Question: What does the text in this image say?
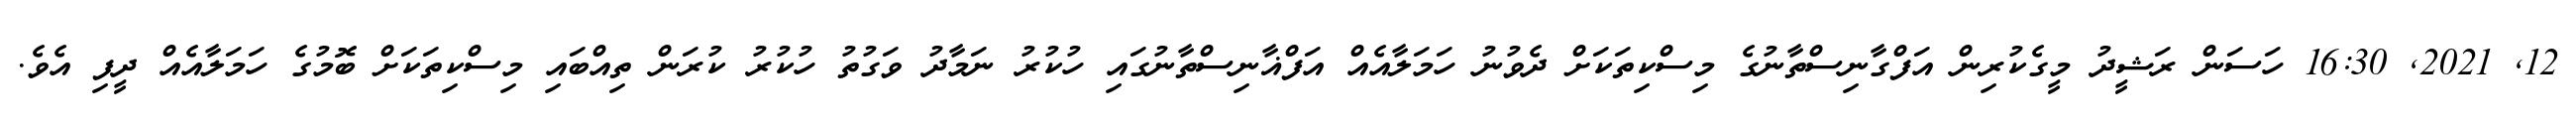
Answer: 12, 2021, 16:30 ހަސަން ރަޝީދު މީގެކުރިން އަފްގާނިސްތާނުގެ މިސްކިތަކަށް ދެވުނު ހަމަލާއެއް އަފްޣާނިސްތާނުގައި ހުކުރު ނަމާދު ވަގުތު ހުކުރު ކުރަން ތިއްބައި މިސްކިތަކަށް ބޮމުގެ ހަމަލާއެއް ދީފި އެވެ.